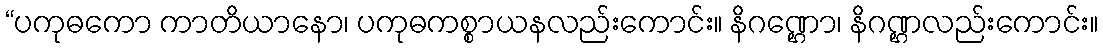
“ပကုဓကော ကာတိယာနော၊ ပကုဓကစ္စာယနလည်းကောင်း။ နိဂဏ္ဌော၊ နိဂဏ္ဌလည်းကောင်း။